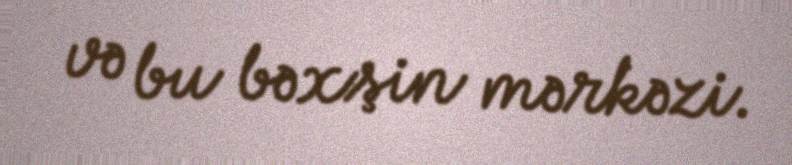
və bu bəxşin mərkəzi.